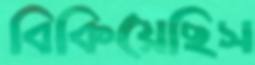
বিকিয়েছিস